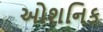
ઓશનિક